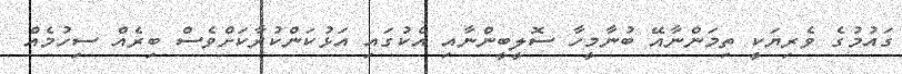
ގައުމުގެ ވެރިޔަކީ ތިމަންނާއޭ ބުނާމީހާ ސޮލީބީންނާއި އެކުގައި އަޅުކަންކުރާކަށްވެސް ބިރެއް ސިހުމެއް